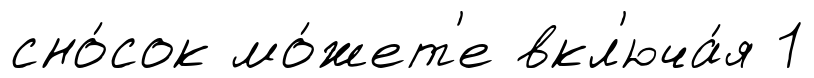
сно́сок мо́жет'е вкл'юча́я 1